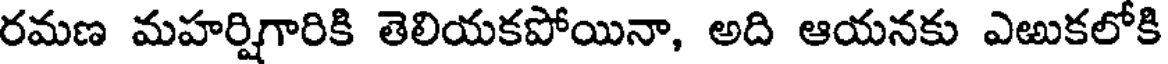
రమణ మహర్షిగారికి తెలియకపోయినా, అది ఆయనకు ఎఱుకలోకి